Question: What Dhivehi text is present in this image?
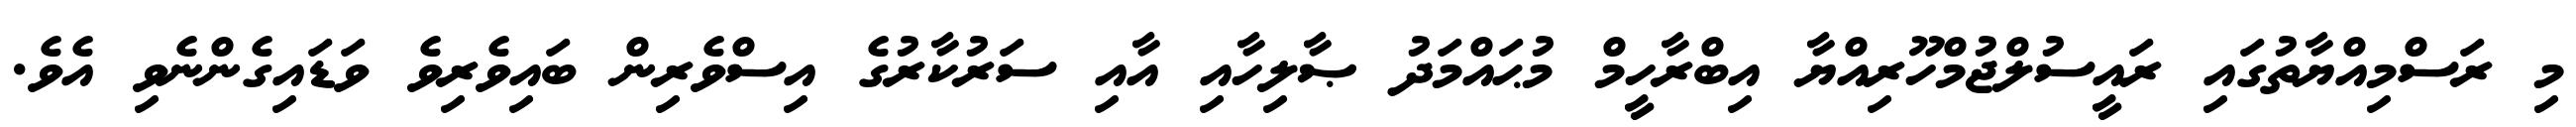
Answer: މި ރަސްމިއްޔާތުގައި ރައީސުލްޖުމްހޫރިއްޔާ އިބްރާހީމް މުޙައްމަދު ޞާލިހާއި އާއި ސަރުކާރުގެ އިސްވެރިން ބައިވެރިވެ ވަޑައިގެންނެވި އެވެ.